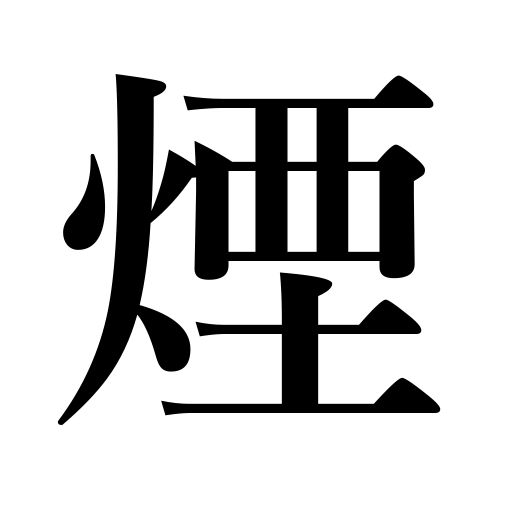
Meanings: smoky,fumes,smoke,smolder,spray,be smoky